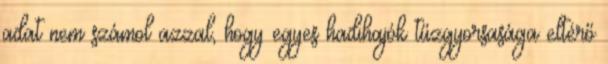
adat nem számol azzal, hogy egyes hadihajók tűzgyorsasága eltérő